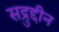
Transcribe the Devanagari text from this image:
सद्रुद्दीन